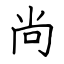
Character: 尚